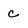
Character: c